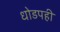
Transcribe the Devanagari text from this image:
धोडपही